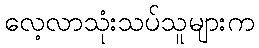
လေ့လာသုံးသပ်သူများက